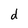
Character: d